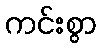
ကင်းစွာ